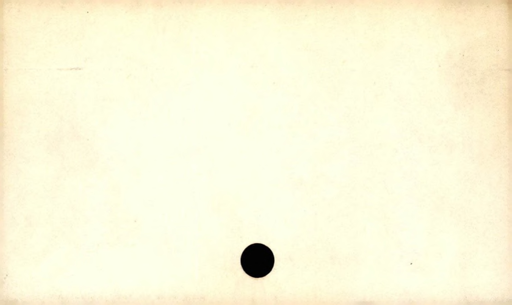
Label: blank